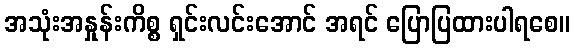
အသုံးအနှုန်းကိစ္စ ရှင်းလင်းအောင် အရင် ပြောပြထားပါရစေ။